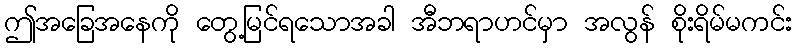
ဤအခြေအနေကို တွေ့မြင်ရသောအခါ အီဘရာဟင်မှာ အလွန် စိုးရိမ်မကင်း